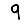
Digit: 9